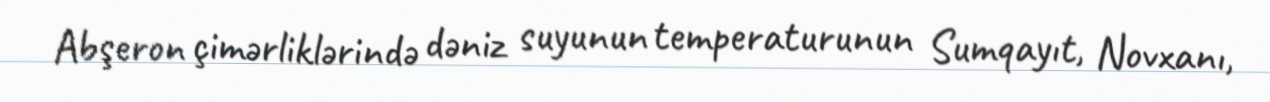
Abşeron çimərliklərində dəniz suyunun temperaturunun Sumqayıt, Novxanı,